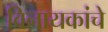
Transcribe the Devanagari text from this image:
विनायकांचे